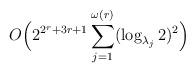
LaTeX: \begin{align*}O\Big(2^{2^r + 3r + 1} \sum_{j=1}^{\omega(r)} (\log_{\lambda_j} 2)^2\Big)\end{align*}